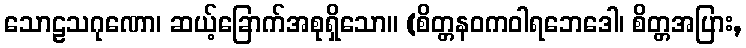
သောဠသဂုဏော၊ ဆယ့်ခြောက်အစုရှိသော။ (စိတ္တနဝကဝါရဘေဒေါ၊ စိတ္တအပြား,